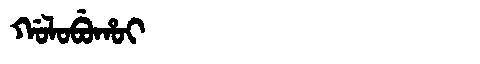
Manchu: ᡤᠣᠯᠣᠪᡠᡥᠣᡳ
Romanization: GOLOBUHOI